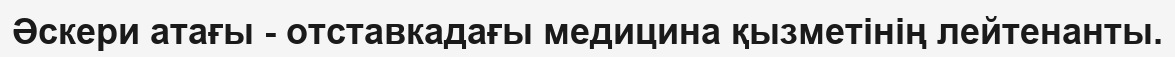
Әскери атағы - отставкадағы медицина қызметінің лейтенанты.